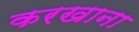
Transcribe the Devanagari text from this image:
करखाना